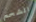
الشحم